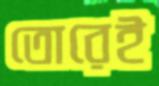
তোরেই